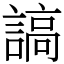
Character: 謞